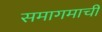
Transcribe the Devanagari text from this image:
समागमाची